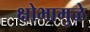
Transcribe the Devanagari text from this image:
क्षोभामुळे